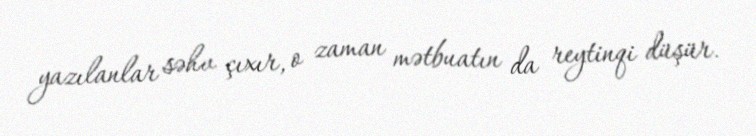
yazılanlar səhv çıxır, o zaman mətbuatın da reytinqi düşür.